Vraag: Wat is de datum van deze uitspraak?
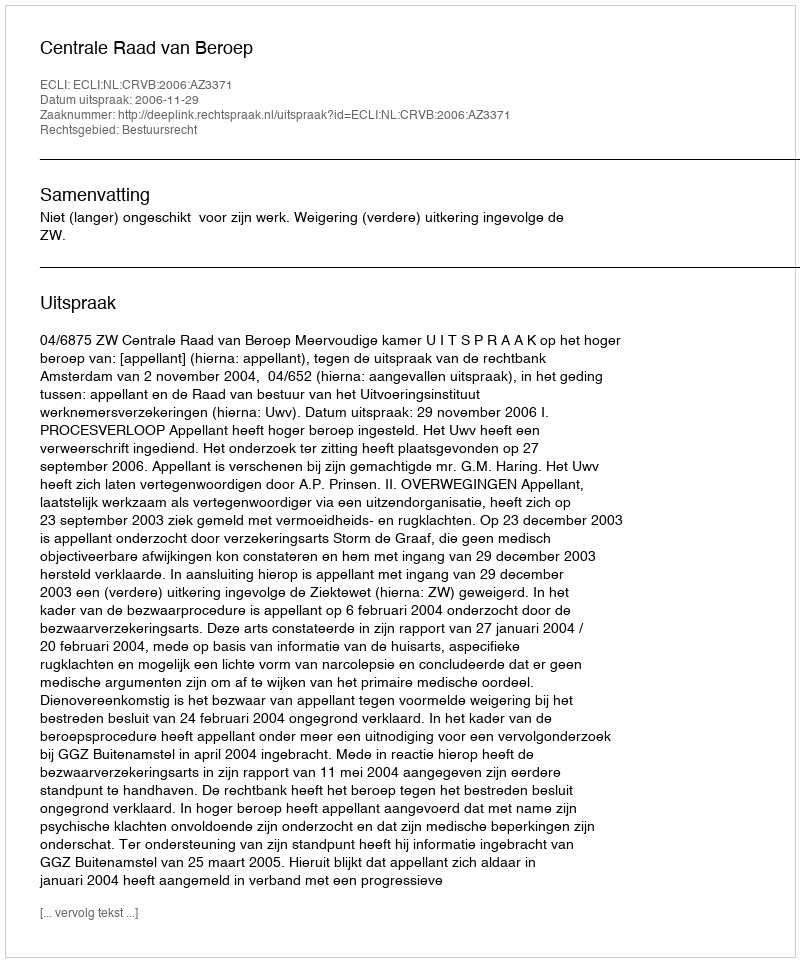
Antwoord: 2006-11-29